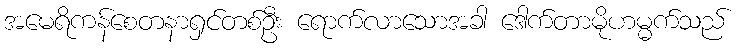
အမေရိကန်စေတနာရှင်တစ်ဦး ရောက်လာသောအခါ ဒေါက်တာမိုဟမ္မက်သည်